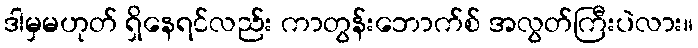
ဒါမှမဟုတ် ရှိနေရင်လည်း ကာတွန်းဘောက်စ် အလွတ်ကြီးပဲလား။